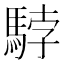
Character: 𩣡